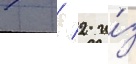
7 / 2 и́з